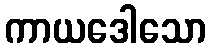
ကာယဒေါသော